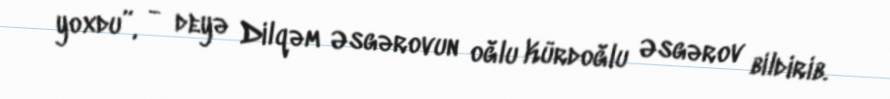
yoxdu”, - deyə Dilqəm Əsgərovun oğlu Kürdoğlu Əsgərov bildirib.